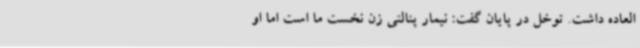
العاده داشت. توخل در پایان گفت: نیمار پنالتی زن نخست ما است اما او